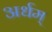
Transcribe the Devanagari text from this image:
अर्धम्